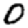
Digit: 0